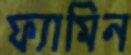
ফ্যামিন